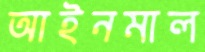
আইনমাল